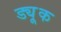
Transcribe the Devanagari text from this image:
ड्यू्क